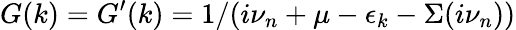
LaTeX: G(k)=G^{\prime}(k)=1/(i\nu_{n}+\mu-\epsilon_{k}-\Sigma(i\nu_{n}))